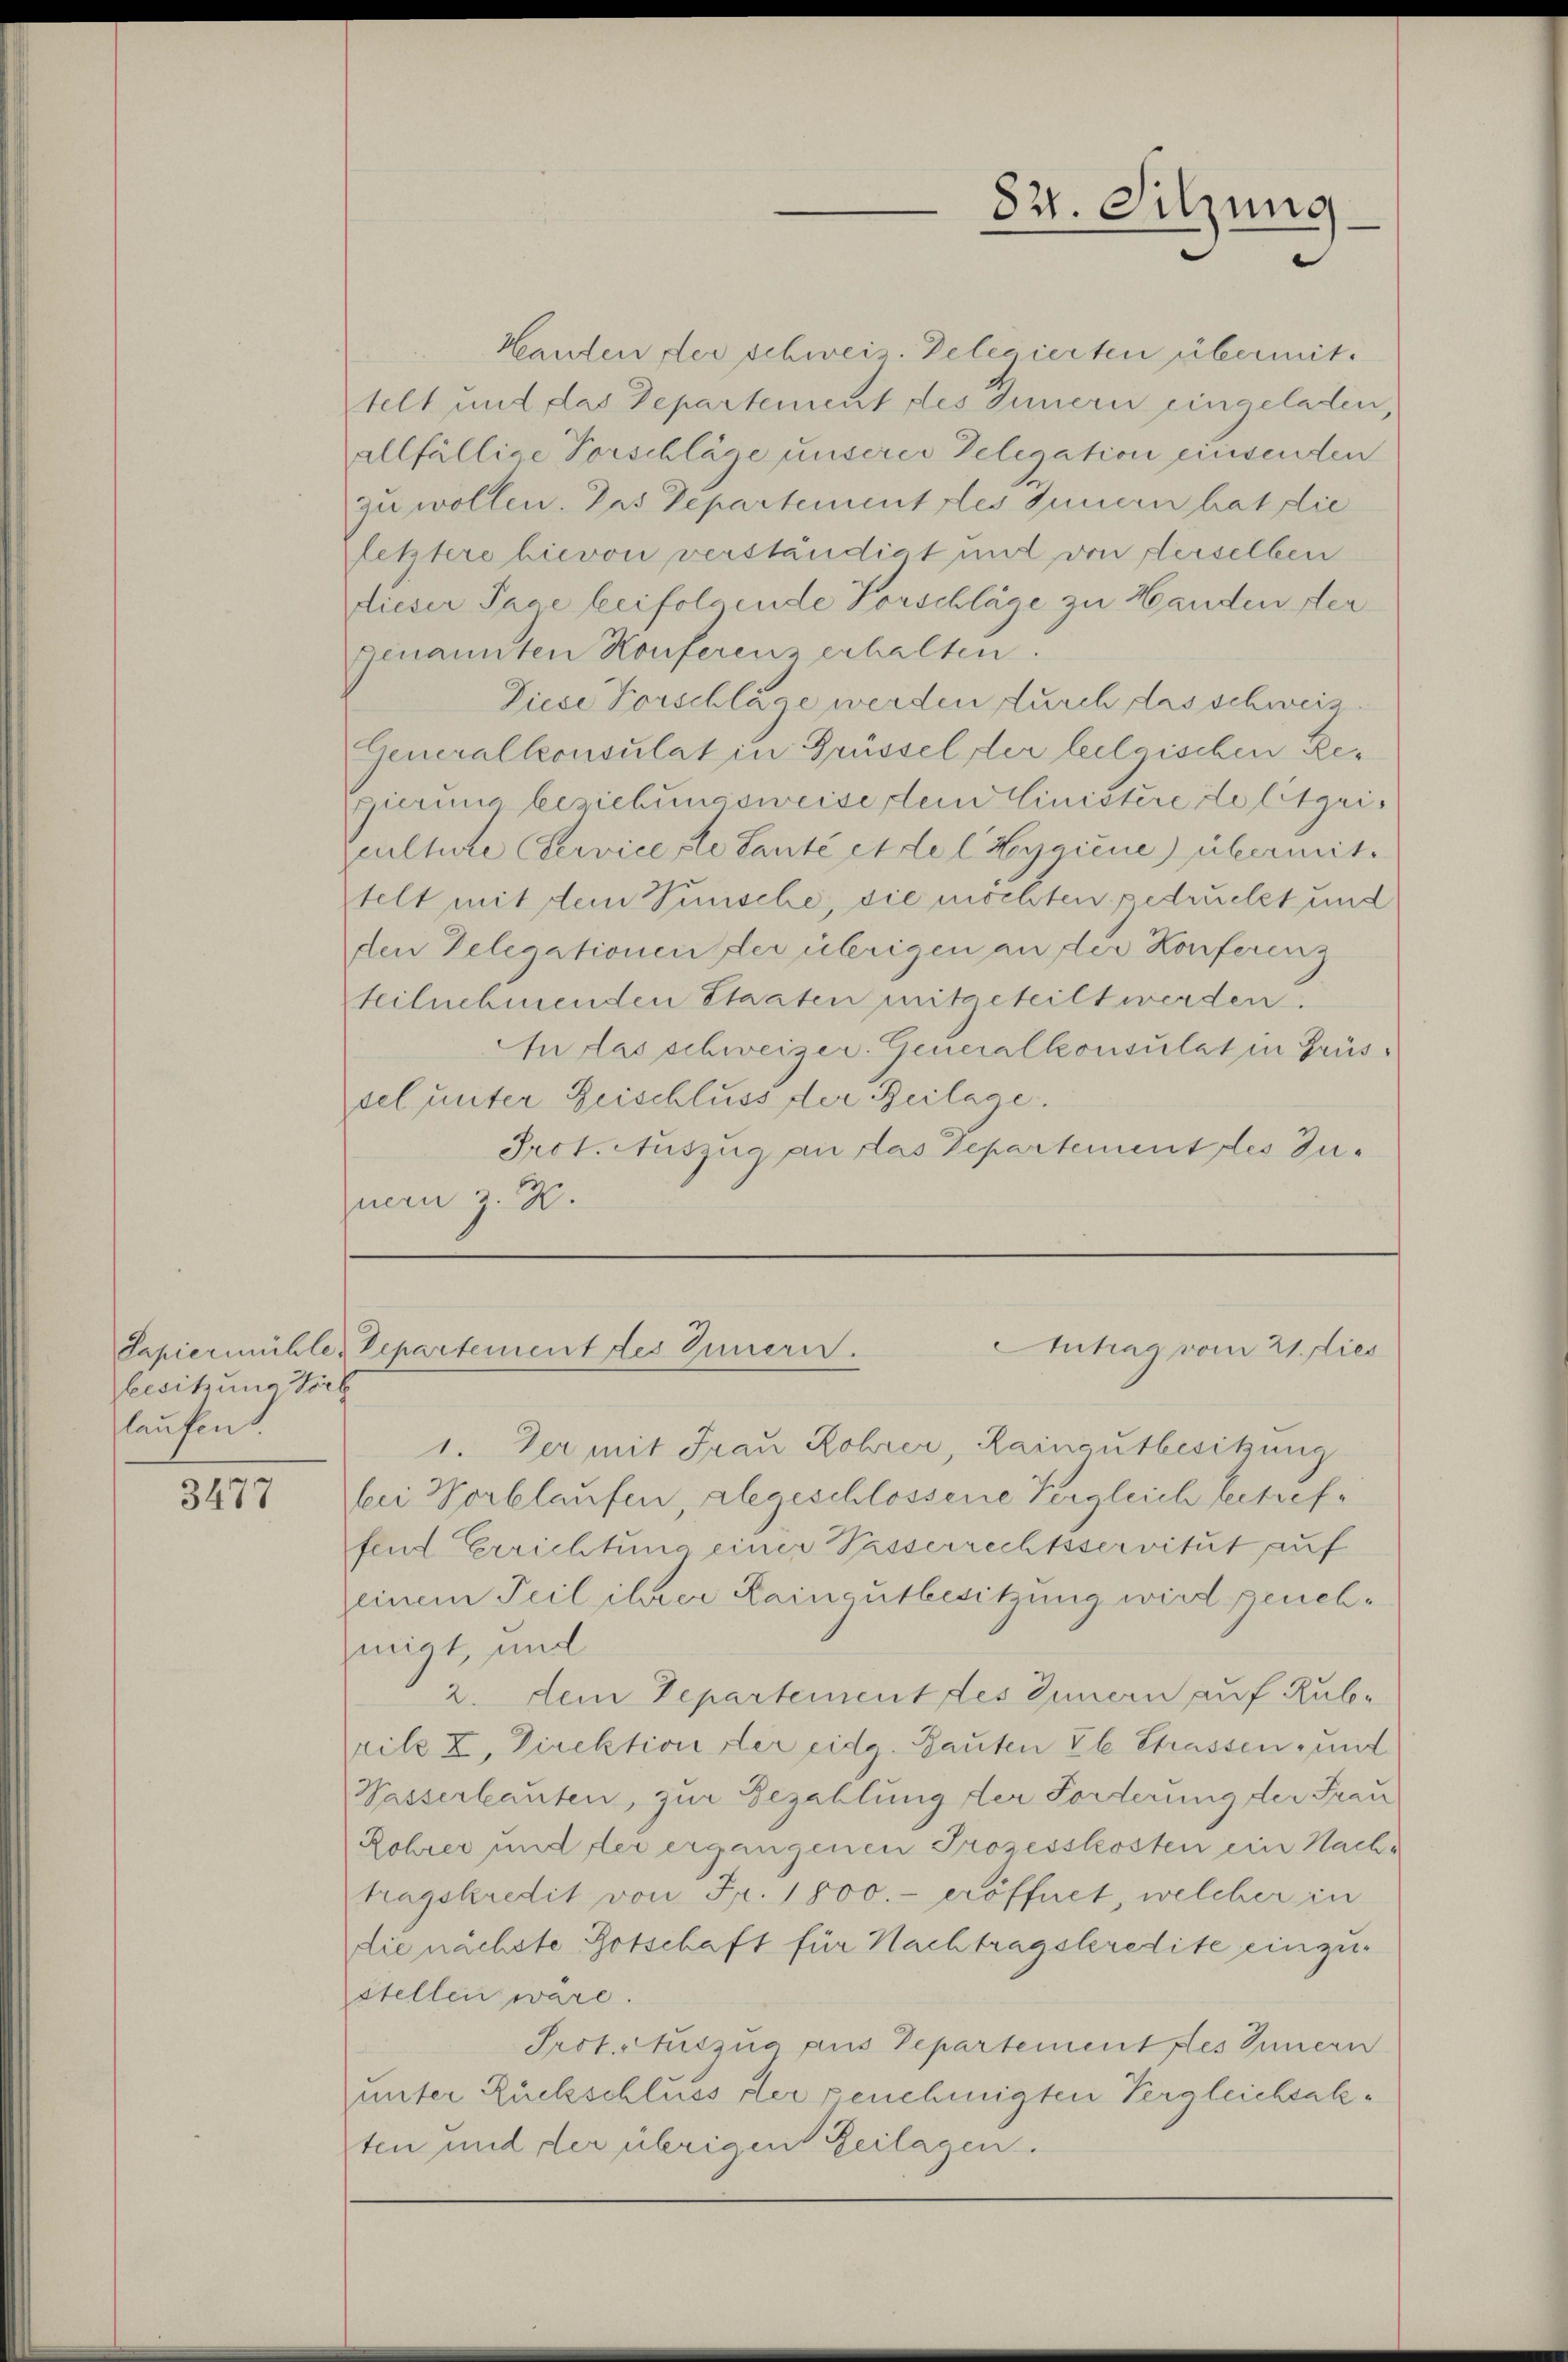
besitzung Vorb
laufen.

3477

Hanten der schweiz. Delegierten übermittelt und das Departement des Innern eingeladen,
allfällige Vorschläge unserer Delegation einsenden
zu wollen. Das Departement les Innern hat die
letztere hievon verständigt und von derselben
dieser Tage beifolgende Vorschläge zu Handen der
genannten Konferenz erhalten.
Diese Vorschläge werden durch das schweiz.
Generalkonsulat in Grüssel der leelgischen Regierung beziehungsweise dem Einistere de letzeiculture Serviceste Lanté et de l Hyaiine) übermittelt mit dem Venische, sie möchten gedrucket und
den Delegationen der übrigen an der Konferenz
teilnehmenden Staaten mitgeteilt werden.
In das schweizer. Generalkonsulat in Grüssel unter Zeischluss der Beilage.
Prot. Auszug an das Departement des Zunern z. B.

827. Sitzung

Antrag vom 21. dies
Papiermühle Departement des Innern.

1. Der mit Frau Rohrer, Raincutbesitzung
bei Wortlaufen, alegeschlossene Vergleich betreffend Errichtung einer Passerrechtsservitut auf
einem Teil ihrer Raingutbesitzung wird genehmigt, und
2. dem Departement des Innern auf Rubrilz z, Direktion der eidg. Bauten 26 Strassen, mit
Wasserbauten, zur Bezahlung der Forderung der Frau
Rohrer und der ergangenen Prozesskosten ein Nachtragskredit von Fr. 1800.- eröffnet, welcher in
die nächste Botschaft für Nachtragskredite einzustellen wäre.
Prot. Nutzug aus Departement les Innern
unter Rückschluss der genehmigten Vergleichsakten und der übrigen Zeilagen.